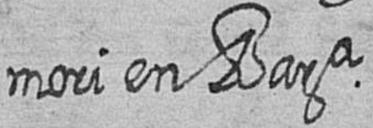
mori en Bara